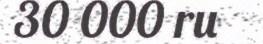
30 000 ru